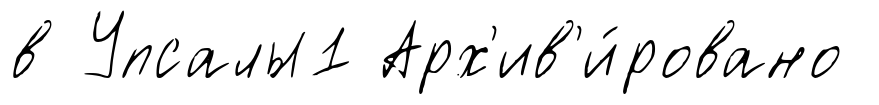
в Упсалы1 Арх'ив'и́ровано